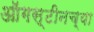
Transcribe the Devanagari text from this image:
ऑगस्टीनच्या